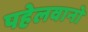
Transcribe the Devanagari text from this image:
पहेलवानो